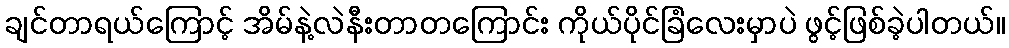
ချင်တာရယ်ကြောင့် အိမ်နဲ့လဲနီးတာတကြောင်း ကိုယ်ပိုင်ခြံလေးမှာပဲ ဖွင့်ဖြစ်ခဲ့ပါတယ်။